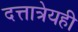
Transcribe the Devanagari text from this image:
दत्तात्रेयही